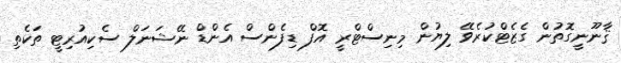
ޤާނޫނީގޮތުން ގެޒެޓްކުރެވޭ ލިޔުން މިނިސްޓްރީ އޮފް ޑިފެންސް އެންޑް ނޭޝަނަލް ސެކިއުރިޓީ ތަކެތި